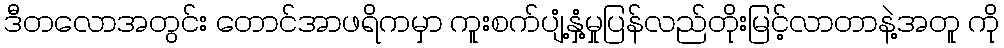
ဒီတလောအတွင်း တောင်အာဖရိကမှာ ကူးစက်ပျံ့နှံ့မှုပြန်လည်တိုးမြင့်လာတာနဲ့အတူ ကို